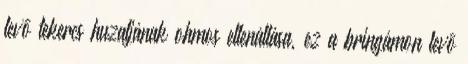
levõ tekercs huzaljának ohmos ellenállása, ez a bringámon levõ